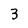
Character: 3